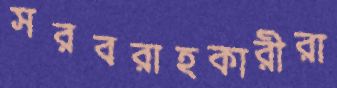
সরবরাহকারীরা